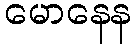
မောနေန